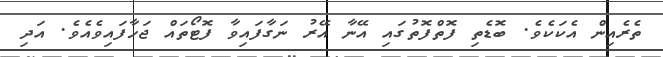
ތެރެއިން އެކަކެވެ. ބޮޑެތި ފޮތްފޮތުގައި އޭނާ އޭރު ނަގާފައިވާ ފޮޓޯތައް ޖަހާފައިވެއެވެ. އަދި